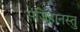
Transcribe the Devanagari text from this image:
संजिहानस्तु